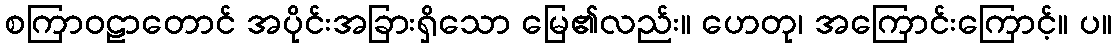
စကြာဝဠာတောင် အပိုင်းအခြားရှိသော မြေ၏လည်း။ ဟေတု၊ အကြောင်းကြောင့်။ ပ။